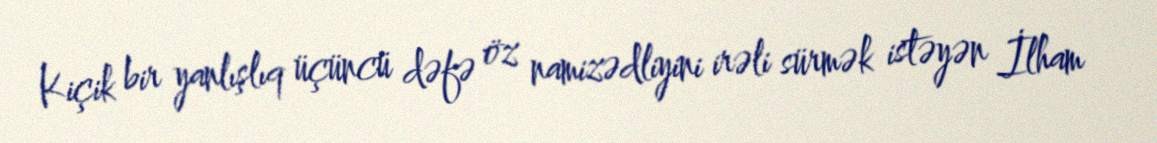
Kiçik bir yanlışlıq üçüncü dəfə öz namizədliyini irəli sürmək istəyən İlham